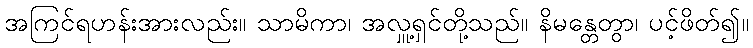
အကြင်ရဟန်းအားလည်း။ သာမိကာ၊ အလှူ့ရှင်တို့သည်။ နိမန္တေတွာ၊ ပင့်ဖိတ်၍။